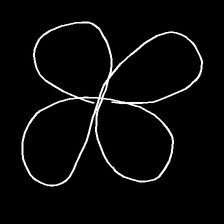
Glyph: billowing